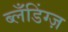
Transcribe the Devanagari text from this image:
ब्लँडिंग्ज़